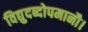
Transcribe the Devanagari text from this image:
विद्युदब्दोपमानौ।